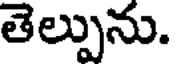
తెల్పును.